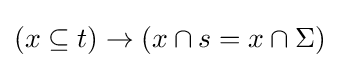
(x\subseteq t)\to (x\cap s=x\cap \Sigma )